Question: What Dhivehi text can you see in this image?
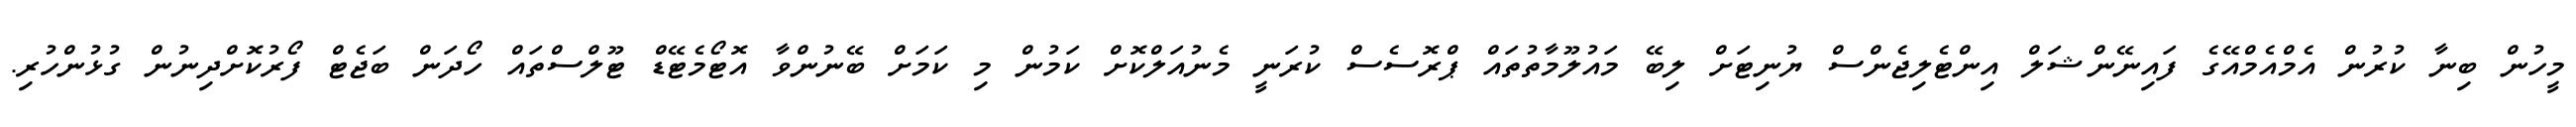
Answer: މީހުން ބިނާ ކުރުން އެމްއެމްއޭގެ ފައިނޭންޝަލް އިންޓެލިޖެންސް ޔުނިޓަށް ލިބޭ މައުލޫމާތުތައް ޕްރޮސެސް ކުރަނީ މެނުއަލްކޮށް ކަމުން މި ކަމަށް ބޭނުންވާ އޮޓޯމެޓޭޑް ޓޫލްސްތައް ހޯދަން ބަޖެޓް ފޯރުކޮށްދިނުން ގުޅުންހުރި.